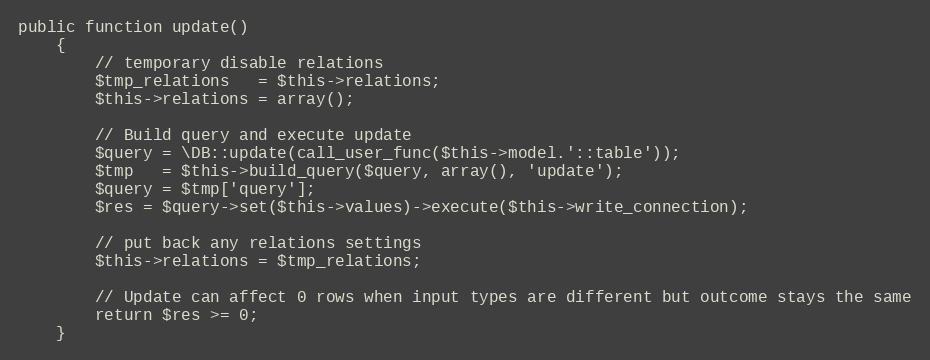
Language: PHP
public function update()
	{
		// temporary disable relations
		$tmp_relations   = $this->relations;
		$this->relations = array();

		// Build query and execute update
		$query = \DB::update(call_user_func($this->model.'::table'));
		$tmp   = $this->build_query($query, array(), 'update');
		$query = $tmp['query'];
		$res = $query->set($this->values)->execute($this->write_connection);

		// put back any relations settings
		$this->relations = $tmp_relations;

		// Update can affect 0 rows when input types are different but outcome stays the same
		return $res >= 0;
	}